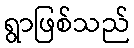
ရွာဖြစ်သည်